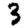
Digit: 3